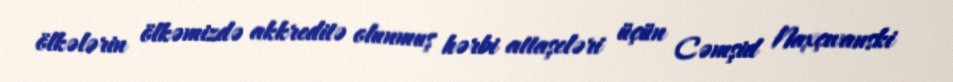
ölkələrin ölkəmizdə akkreditə olunmuş hərbi attaşeləri üçün Cəmşid Naxçıvanski